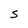
Character: S